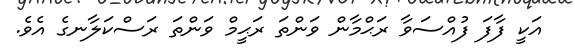
އަކީ ފާފަ ފުއްސަވާ ރަޙްމާން ވަންތަ ރަޙީމް ވަންތަ ރަސްކަލާނގެ އެވެ.